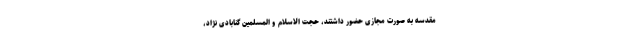
مقدسه به صورت مجازی حضور داشتند، حجت الاسلام و المسلمین گنابادی نژاد،